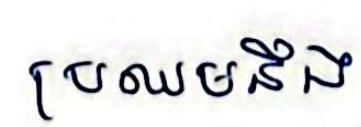
ប្រឈមនឹង